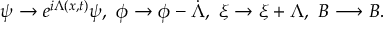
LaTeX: \psi \rightarrow e ^ { i \Lambda ( x , t ) } \psi , ~ \phi \rightarrow \phi - \dot { \Lambda } , ~ \xi \rightarrow \xi + \Lambda , ~ B \longrightarrow B .